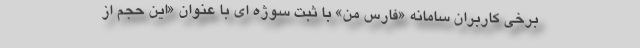
برخی کاربران سامانه «فارس من» با ثبت سوژه ای با عنوان «این حجم از